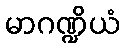
မာဂဏ္ဍိယံ